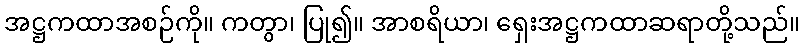
အဋ္ဌကထာအစဉ်ကို။ ကတွာ၊ ပြု၍။ အာစရိယာ၊ ရှေးအဋ္ဌကထာဆရာတို့သည်။